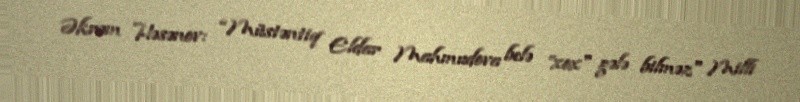
Əkrəm Həsənov: “Müstəntiq Eldar Mahmudova belə ”xox" gələ bilməz" Milli